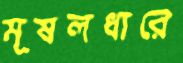
মূষলধারে